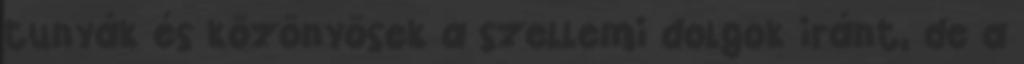
tunyák és közönyösek a szellemi dolgok iránt, de a